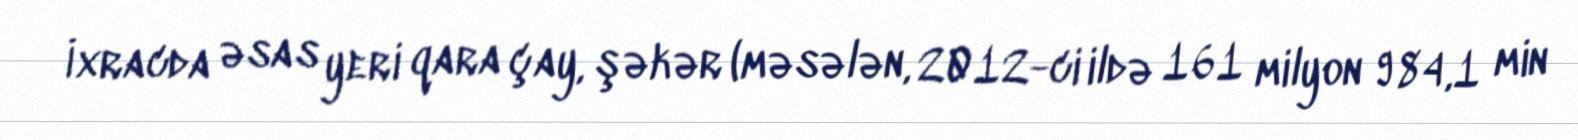
İxracda əsas yeri qara çay, şəkər (məsələn, 2012-ci ildə 161 milyon 984,1 min